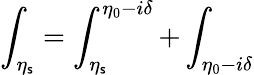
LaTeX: \int_{\eta_{\mathsf{s}}}=\int_{\eta_{\mathsf{s}}}^{\eta_{0}-i\delta}+\int_{\eta_{0}-i\delta}